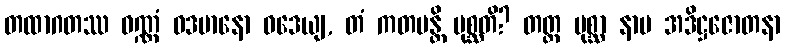
တထာဂတဿ ဝဏ္ဏံ ဝဒမာနော ဝဒေယျ, တံ ကတမန္တိ ပုစ္ဆတိ? တတ္ထ ပုစ္ဆာ နာမ အဒိဋ္ဌဇောတနာ